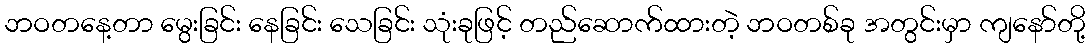
ဘဝတနေ့တာ မွေးခြင်း နေခြင်း သေခြင်း သုံးခုဖြင့် တည်ဆောက်ထားတဲ့ ဘဝတစ်ခု အတွင်းမှာ ကျနော်တို့